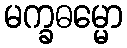
မက္ခဓမ္မော